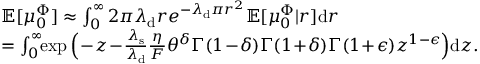
\begin{array} { r l } & { \mathbb { E } [ \mu _ { 0 } ^ { \Phi } ] \approx \int _ { 0 } ^ { \infty } 2 \pi \lambda _ { \mathrm { d } } r e ^ { - \lambda _ { \mathrm { d } } \pi r ^ { 2 } } \mathbb { E } [ \mu _ { 0 } ^ { \Phi } \vert r ] \mathrm { d } r } \\ & { = \int _ { 0 } ^ { \infty } \! \! \exp \Big ( \! - \! z \! - \! \frac { \lambda _ { \mathrm { s } } } { \lambda _ { \mathrm { d } } } \frac { \eta } { F } \theta ^ { \delta } \Gamma ( 1 \! - \! \delta ) \Gamma ( 1 \! + \! \delta ) \Gamma ( 1 \! + \! \epsilon ) z ^ { 1 - \epsilon } \Big ) \mathrm { d } z . } \end{array}